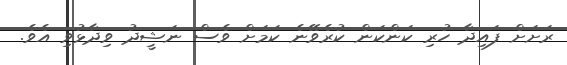
ރަށަށް ފައިދާ ހުރި ކަންކަން ކުރެވޭނެ ކަމަށް ވެސް ނަޝީދު ވިދާޅުވި އެވެ.